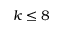
k \leq 8